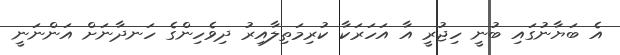
އެ ބަޔާނުގައި ބުނީ ހިޖުރީ އާ އަހަރަކާ ކުރިމަތިލާއިރު ދިވެހިންގެ ހަނދާނަށް އަންނަނީ